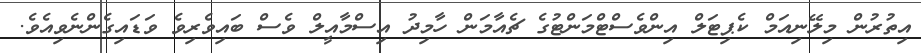
އިތުރުން މިލޭނިއަމް ކެޕިޓަލް އިންވެސްޓްމަންޓުގެ ޗެއާމަން ހާމިދު އިސްމާއީލް ވެސް ބައިވެރިވެ ވަޑައިގެންނެވިއެވެ.